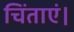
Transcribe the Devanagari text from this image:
चिंताएं।